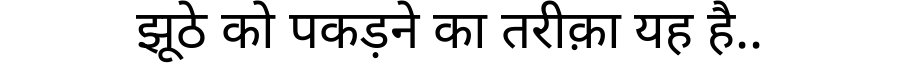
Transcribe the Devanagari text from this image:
झूठे को पकड़ने का तरीक़ा यह है..